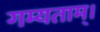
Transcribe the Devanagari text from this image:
गम्यताम्।